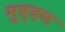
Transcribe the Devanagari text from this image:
मुद्दण